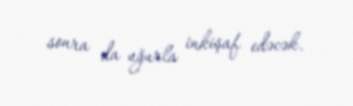
sonra da uğurla inkişaf edəcək.